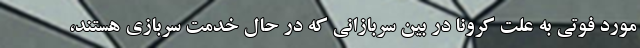
مورد فوتی به علت کرونا در بین سربازانی که در حال خدمت سربازی هستند،